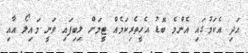
އަދި އެކަމުގައި އެންމެ ބޮޑު އެހީތެރިކަމެއް ޓީމަށް ލިބިފައި ވަނީ މައިލޯ އާއި